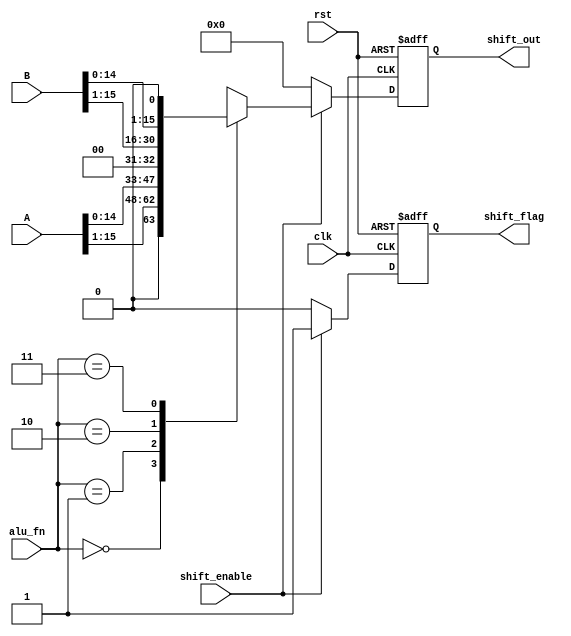
module shift_unit#(parameter in_data_width=16,out_data_width=16)(
input [in_data_width-1:0]A,B,
input clk,rst,shift_enable,
input [1:0]alu_fn,
output reg shift_flag,
output reg [out_data_width-1:0]shift_out
);

always @(posedge clk , negedge rst) begin
    if(!rst)begin
        shift_flag<=0;
        shift_out<=0;
    end
    else if(shift_enable) begin
        shift_flag<=1;
    case (alu_fn)
        2'b00: shift_out<=A>>1;
        2'b01: shift_out<=A<<1;
        2'b10: shift_out<=B>>1;
        2'b11: shift_out<=B<<1;
    endcase
    end
    else begin
        shift_flag<=0;
        shift_out<=0;
    end
end

endmodule